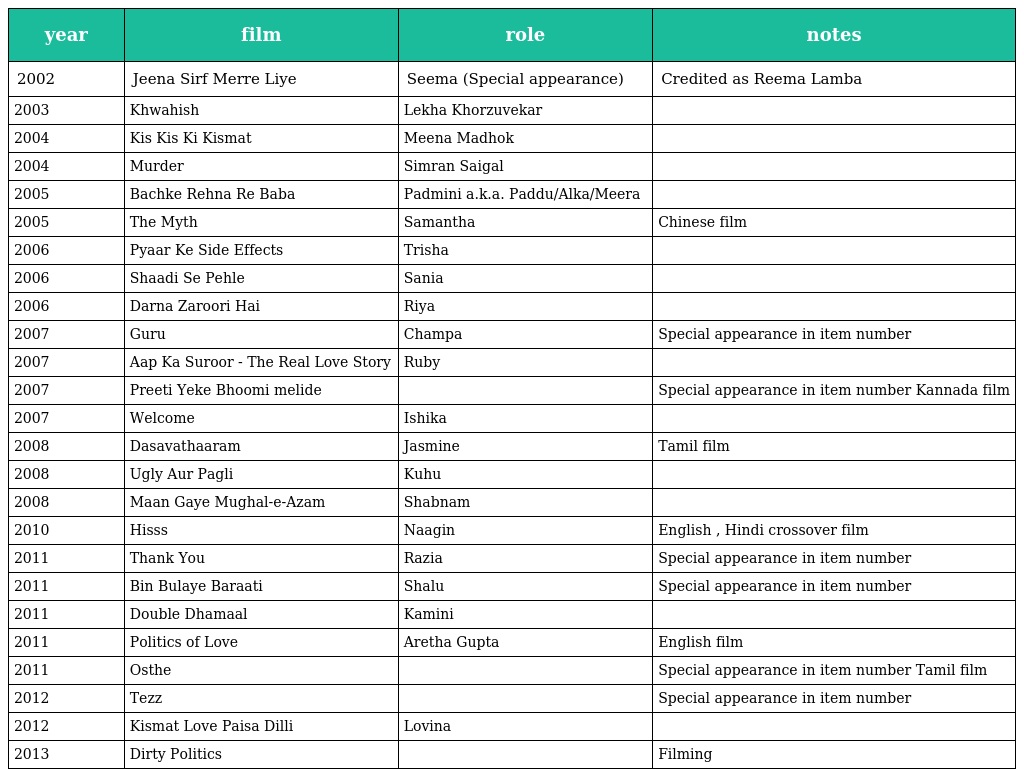
| year | film | role | notes |
 | --- | --- | --- | --- |
 | 2002 | Jeena Sirf Merre Liye | Seema (Special appearance) | Credited as Reema Lamba |
 | 2003 | Khwahish | Lekha Khorzuvekar |  |
 | 2004 | Kis Kis Ki Kismat | Meena Madhok |  |
 | 2004 | Murder | Simran Saigal |  |
 | 2005 | Bachke Rehna Re Baba | Padmini a.k.a. Paddu/Alka/Meera |  |
 | 2005 | The Myth | Samantha | Chinese film |
 | 2006 | Pyaar Ke Side Effects | Trisha |  |
 | 2006 | Shaadi Se Pehle | Sania |  |
 | 2006 | Darna Zaroori Hai | Riya |  |
 | 2007 | Guru | Champa | Special appearance in item number |
 | 2007 | Aap Ka Suroor - The Real Love Story | Ruby |  |
 | 2007 | Preeti Yeke Bhoomi melide |  | Special appearance in item number Kannada film |
 | 2007 | Welcome | Ishika |  |
 | 2008 | Dasavathaaram | Jasmine | Tamil film |
 | 2008 | Ugly Aur Pagli | Kuhu |  |
 | 2008 | Maan Gaye Mughal-e-Azam | Shabnam |  |
 | 2010 | Hisss | Naagin | English , Hindi crossover film |
 | 2011 | Thank You | Razia | Special appearance in item number |
 | 2011 | Bin Bulaye Baraati | Shalu | Special appearance in item number |
 | 2011 | Double Dhamaal | Kamini |  |
 | 2011 | Politics of Love | Aretha Gupta | English film |
 | 2011 | Osthe |  | Special appearance in item number Tamil film |
 | 2012 | Tezz |  | Special appearance in item number |
 | 2012 | Kismat Love Paisa Dilli | Lovina |  |
 | 2013 | Dirty Politics |  | Filming |